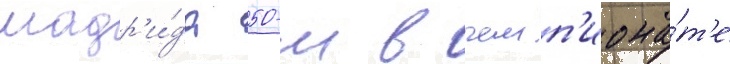
мадр'и́да 50-м в чемп'иона́т'е